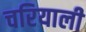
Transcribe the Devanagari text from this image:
चरियाली